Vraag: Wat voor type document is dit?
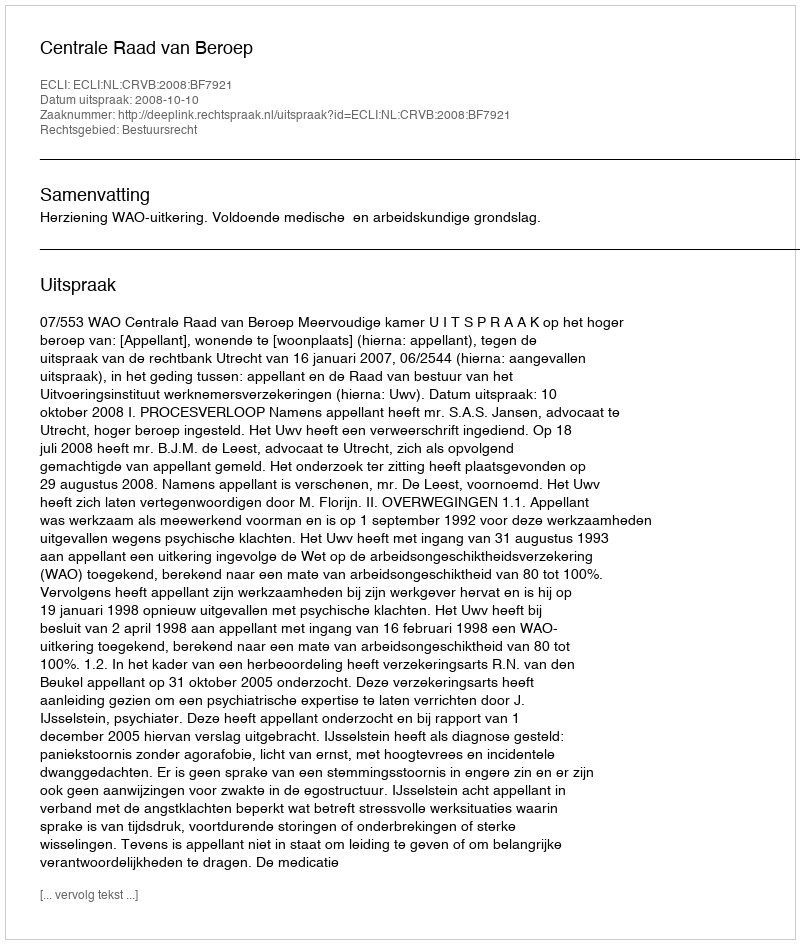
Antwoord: Uitspraak